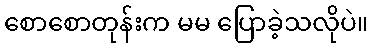
စောစောတုန်းက မမ ပြောခဲ့သလိုပဲ။